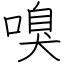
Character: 嗅